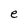
Character: e